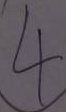
4